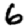
Digit: 6